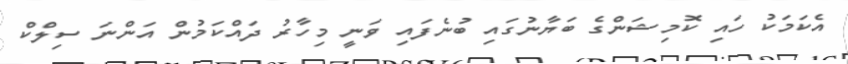
އެކަމަކު ހައި ކޮމިޝަންގެ ބަޔާނުގައި ބުނެފައި ވަނީ މިހާރު ދައްކަމުން އަންނަ ސިލްކް